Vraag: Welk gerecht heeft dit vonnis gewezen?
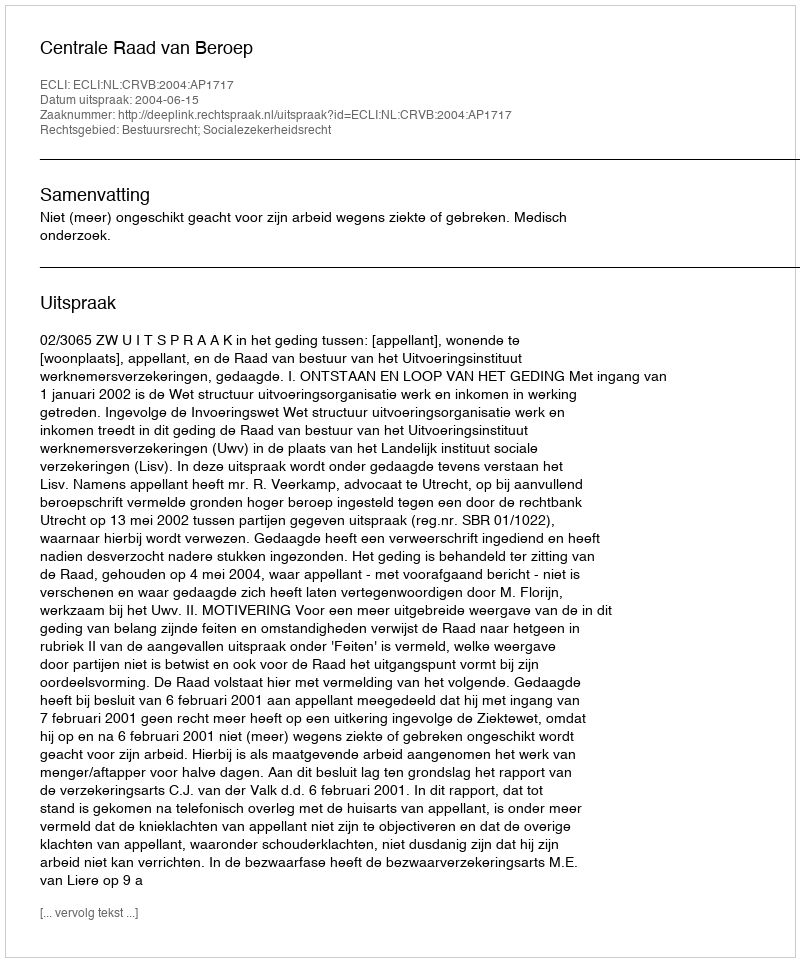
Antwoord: Centrale Raad van Beroep